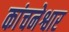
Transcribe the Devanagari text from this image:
कांचनेश्वार